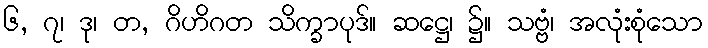
၆, ၇၊ ဒု၊ တ, ဂိဟိဂတ သိက္ခာပုဒ်။ ဆဋ္ဌေ၊ ၌။ သဗ္ဗံ၊ အလုံးစုံသော